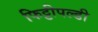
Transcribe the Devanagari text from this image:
फिट्टीपल्डी